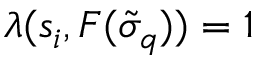
\lambda ( s _ { i } , F ( \tilde { \sigma } _ { q } ) ) = 1